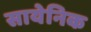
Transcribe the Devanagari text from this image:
सायेनिक